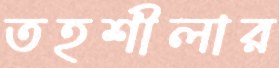
তহশীলার